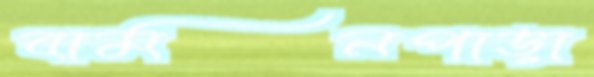
বামনপাড়া